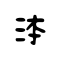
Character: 泍